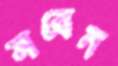
সবেন